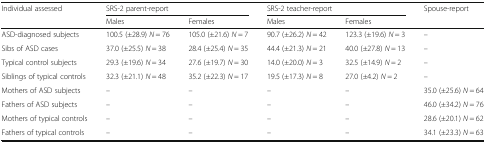
<table><thead><tr><td><b>Individual assessed</b></td><td colspan="2"><b>SRS-2 parent-report</b></td><td colspan="2"><b>SRS-2 teacher-report</b></td><td><b>Spouse-report</b></td></tr><tr><td></td><td><b>Males</b></td><td><b>Females</b></td><td><b>Males</b></td><td><b>Females</b></td><td></td></tr></thead><tbody><tr><td>ASD-diagnosed subjects</td><td>100.5 (±28.9) <i>N</i> = 76</td><td>105.0 (±21.6) <i>N</i> = 7</td><td>90.7 (±26.2) <i>N</i> = 42</td><td>123.3 (±19.6) <i>N</i> = 3</td><td>–</td></tr><tr><td>Sibs of ASD cases</td><td>37.0 (±25.5) <i>N</i> = 38</td><td>28.4 (±25.4) <i>N</i> = 35</td><td>44.4 (±21.3) <i>N</i> = 21</td><td>40.0 (±27.8) <i>N</i> = 13</td><td>–</td></tr><tr><td>Typical control subjects</td><td>29.3 (±19.6) <i>N</i> = 34</td><td>27.6 (±19.7) <i>N</i> = 30</td><td>14.0 (±20.0) <i>N</i> = 3</td><td>32.5 (±14.9) <i>N</i> = 2</td><td>–</td></tr><tr><td>Siblings of typical controls</td><td>32.3 (±21.1) <i>N</i> = 48</td><td>35.2 (±22.3) <i>N</i> = 17</td><td>19.5 (±17.3) <i>N</i> = 8</td><td>27.0 (±4.2) <i>N</i> = 2</td><td>–</td></tr><tr><td>Mothers of ASD subjects</td><td>–</td><td>–</td><td>–</td><td>–</td><td>35.0 (±25.6) <i>N</i> = 64</td></tr><tr><td>Fathers of ASD subjects</td><td>–</td><td>–</td><td>–</td><td>–</td><td>46.0 (±34.2) <i>N</i> = 76</td></tr><tr><td>Mothers of typical controls</td><td>–</td><td>–</td><td>–</td><td>–</td><td>28.6 (±20.1) <i>N</i> = 62</td></tr><tr><td>Fathers of typical controls</td><td>–</td><td>–</td><td>–</td><td>–</td><td>34.1 (±23.3) <i>N</i> = 63</td></tr></tbody></table>